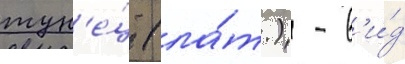
тун'е́ц (ла́т.) - в'и́д